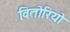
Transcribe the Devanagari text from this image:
वितोरियो